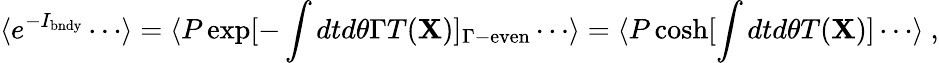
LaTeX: \langle e^{-I_{\mathrm{bndy}}}\cdots\rangle=\langle P\exp[-\int dtd\theta\Gamma T({\mathbf X})]_{\Gamma-\mathrm{even}}\cdots\rangle=\langle P\cosh[\int dtd\theta T({\mathbf X})]\cdots\rangle~,